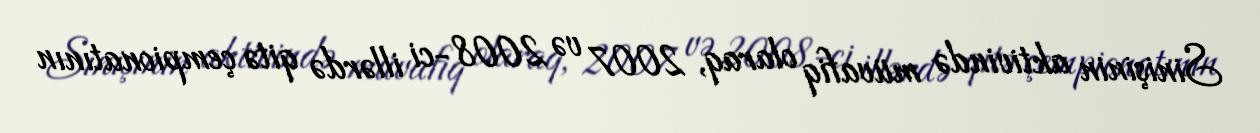
Sinişinin aktivində müvafiq olaraq, 2007 və 2008-ci illərdə qitə çempionatının